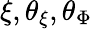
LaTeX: \xi,\theta_{\xi},\theta_{\Phi}